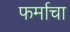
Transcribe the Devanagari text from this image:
फर्माचा